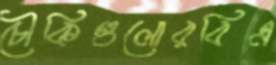
চৌকিগুলোরবিএ